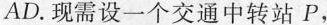
AD. 现需设一个交通中转站P，